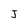
Character: J